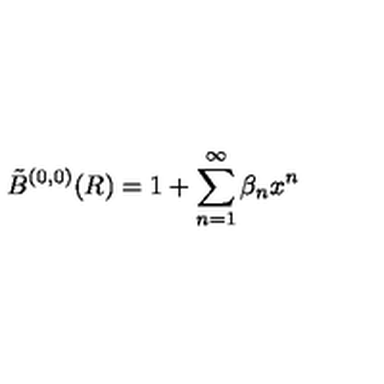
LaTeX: \tilde { B } ^ { ( 0 , 0 ) } ( R ) = 1 + \sum _ { n = 1 } ^ { \infty } \beta _ { n } x ^ { n }